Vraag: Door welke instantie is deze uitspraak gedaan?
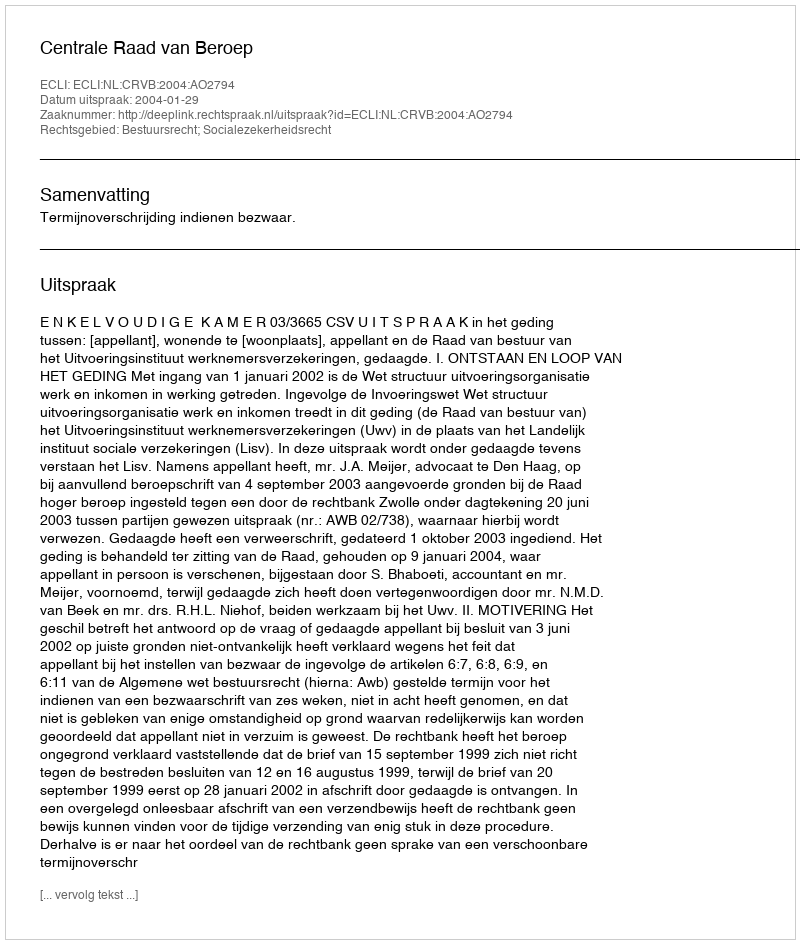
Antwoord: Centrale Raad van Beroep